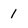
Character: 1